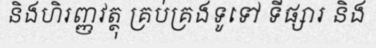
និងហិរញ្ញវត្ថុ គ្រប់គ្រងទូទៅ ទីផ្សារ និង